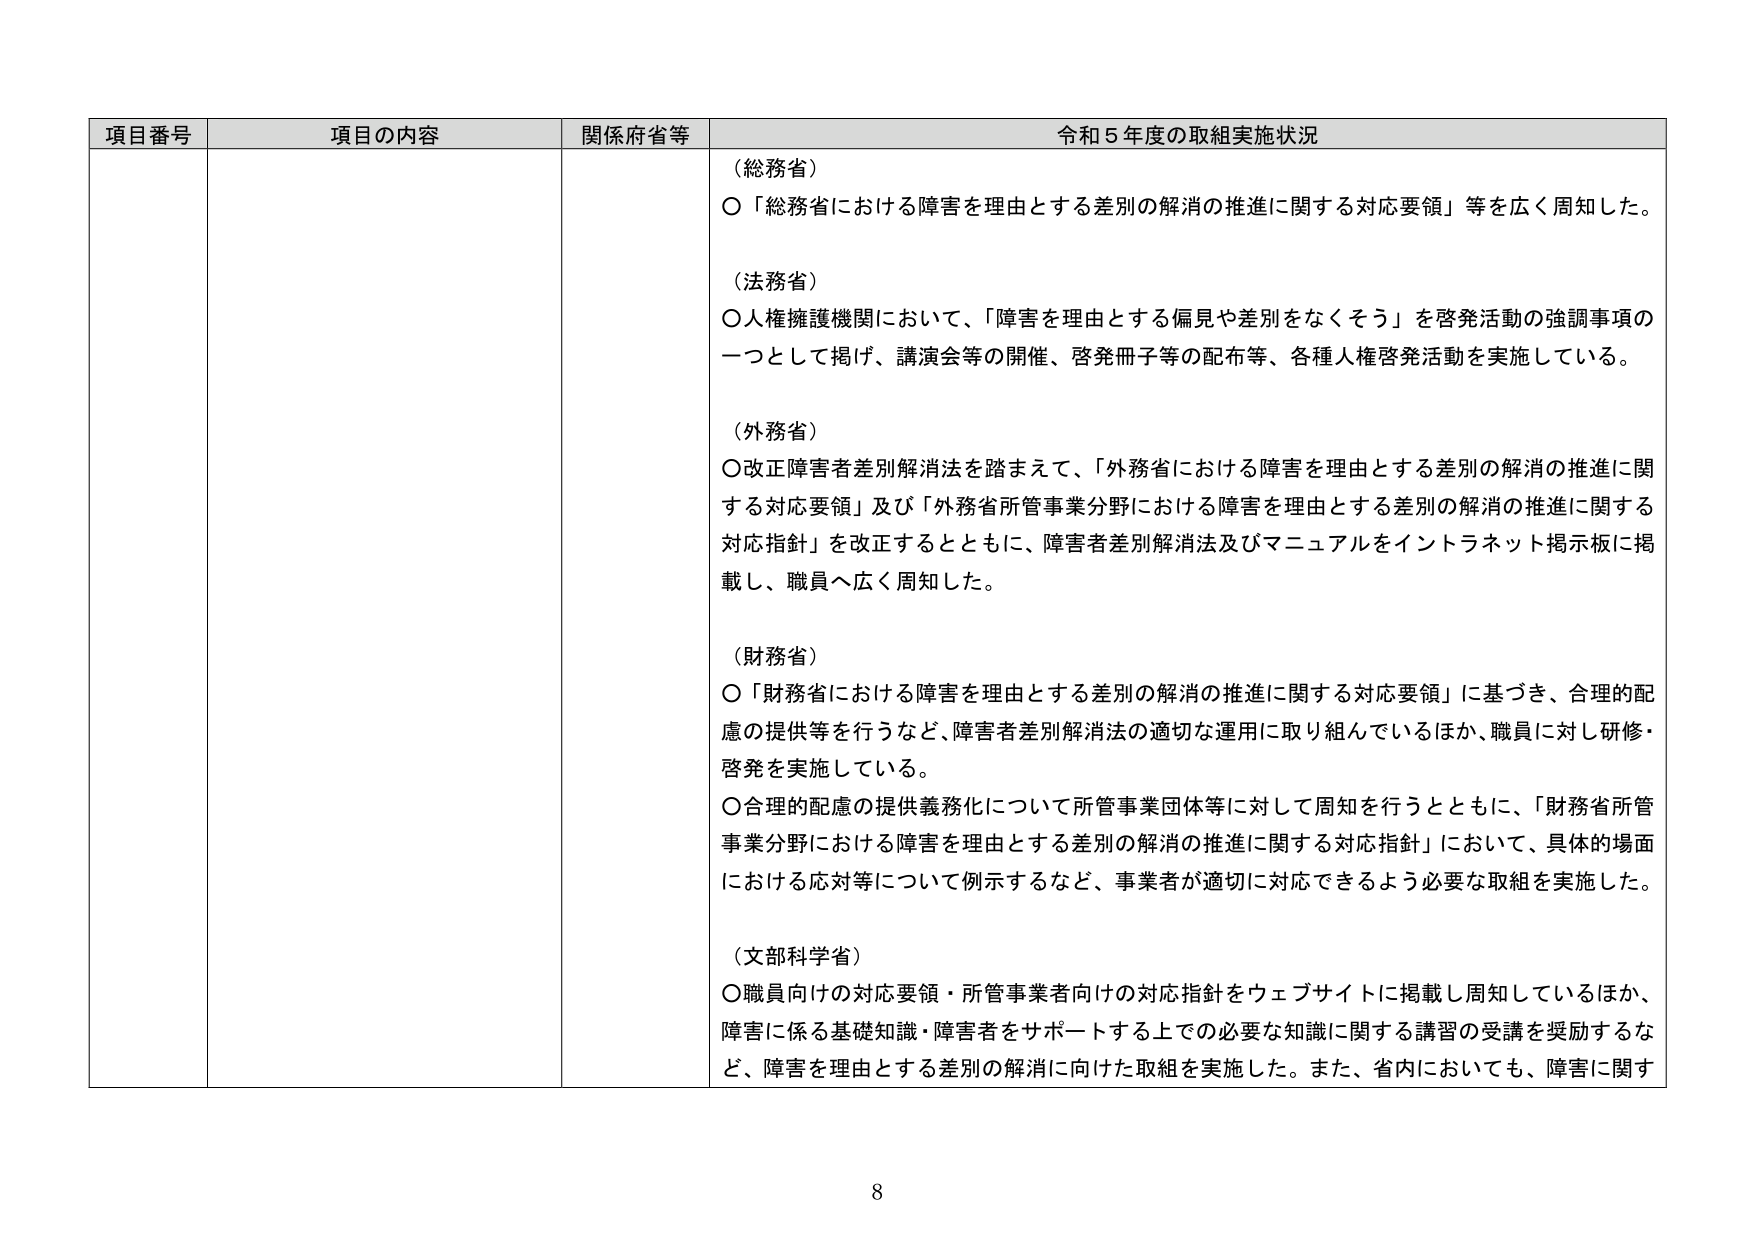
項目番号 項目の内容 関係府省等 令和５年度の取組実施状況
（総務省）
〇「総務省における障害を理由とする差別の解消の推進に関する対応要領」等を広く周知した。
（法務省）
〇人権擁護機関において、「障害を理由とする偏見や差別をなくそう」を啓発活動の強調事項の一つとして掲げ、講演会等の開催、啓発冊子等の配布等、各種人権啓発活動を実施している。
（外務省）
〇改正障害者差別解消法を踏まえて、「外務省における障害を理由とする差別の解消の推進に関する対応要領」及び「外務省所管事業分野における障害を理由とする差別の解消の推進に関する対応指針」を改正するとともに、障害者差別解消法及びマニュアルをイントラネット掲示板に掲載し、職員へ広く周知した。
（財務省）
〇「財務省における障害を理由とする差別の解消の推進に関する対応要領」に基づき、合理的配慮の提供等を行うなど、障害者差別解消法の適切な運用に取り組んでいるほか、職員に対し研修・啓発を実施している。
〇合理的配慮の提供義務化について所管事業団体等に対して周知を行うとともに、「財務省所管事業分野における障害を理由とする差別の解消の推進に関する対応指針」において、具体的場面における応対等について例示するなど、事業者が適切に対応できるよう必要な取組を実施した。
（文部科学省）
〇職員向けの対応要領・所管事業者向けの対応指針をウェブサイトに掲載し周知しているほか、障害に係る基礎知識・障害者をサポートする上での必要な知識に関する講習の受講を奨励するなど、障害を理由とする差別の解消に向けた取組を実施した。また、省内においても、障害に関す
8